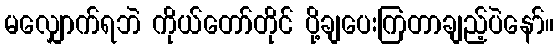
မလျှောက်ရဘဲ ကိုယ်တော်တိုင် ပို့ချပေးကြတာချည့်ပဲနော်။